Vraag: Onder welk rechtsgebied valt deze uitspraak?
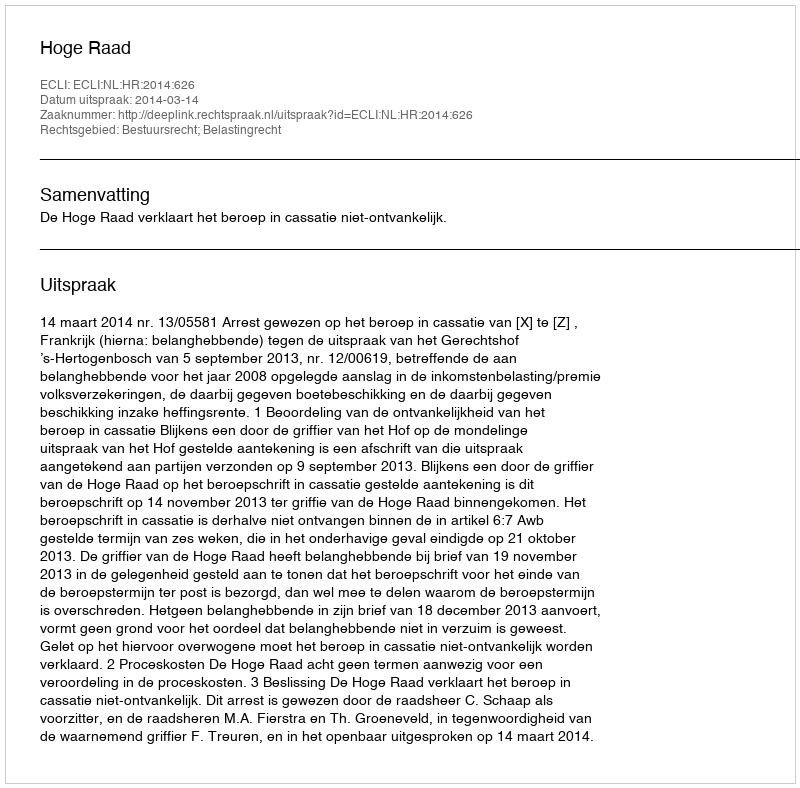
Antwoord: Bestuursrecht; Belastingrecht